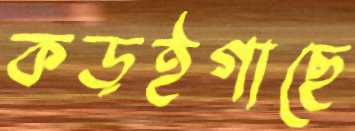
কড়ইগাছে